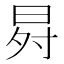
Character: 𭥸